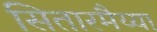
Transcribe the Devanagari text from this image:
सितारमैय्या